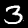
Label: 3